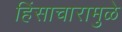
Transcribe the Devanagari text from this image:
हिंसाचारामुळे